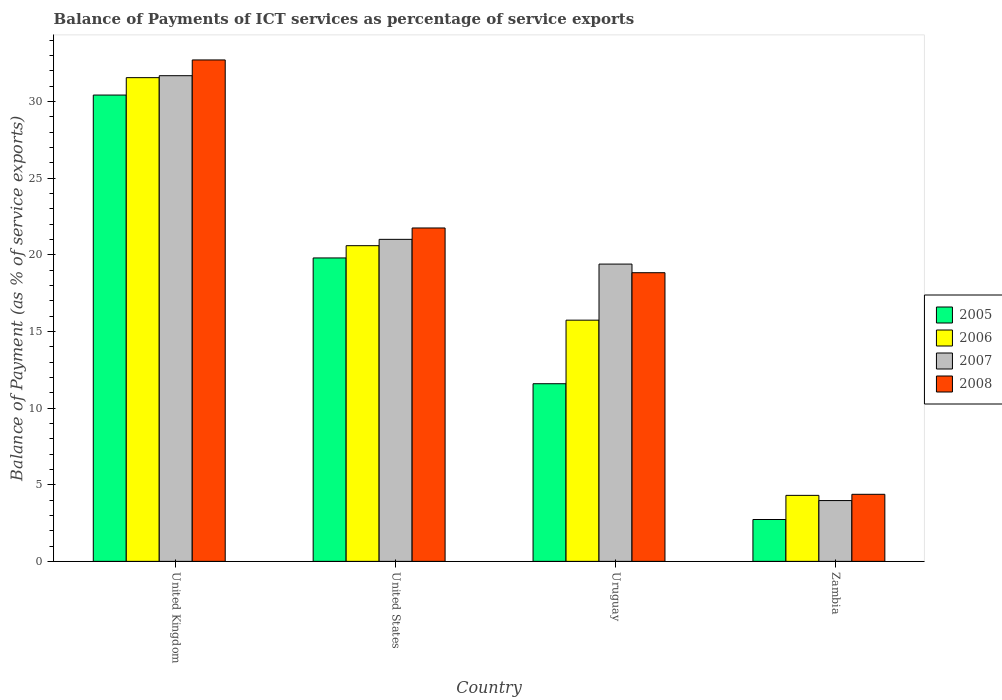
| Country | 2005 | 2006 | 2007 | 2008 |
 | --- | --- | --- | --- | --- |
 | United Kingdom | 30.4 | 31.5 | 31.7 | 32.7 |
 | United States | 19.8 | 20.6 | 21 | 21.7 |
 | Uruguay | 11.6 | 15.7 | 19.4 | 18.8 |
 | Zambia | 2.73 | 4.3 | 3.96 | 4.37 |